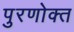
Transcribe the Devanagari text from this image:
पुरणोक्त